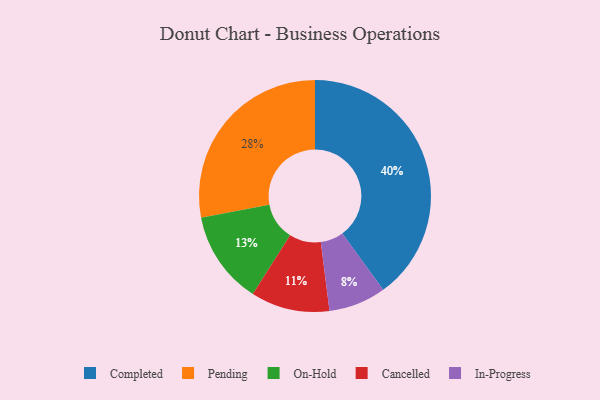
{"axis": {"x": "Category", "y": "Percentage"}, "legend": ["Cancelled", "Completed", "In-Progress", "On-Hold", "Pending"], "data": [{"x": "In-Progress", "y": 8, "type": "In-Progress"}, {"x": "Cancelled", "y": 11, "type": "Cancelled"}, {"x": "On-Hold", "y": 13, "type": "On-Hold"}, {"x": "Completed", "y": 40, "type": "Completed"}, {"x": "Pending", "y": 28, "type": "Pending"}]}